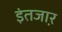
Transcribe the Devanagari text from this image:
इंतजा़र